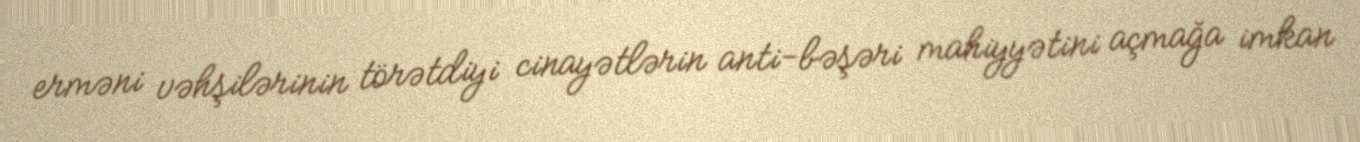
erməni vəhşilərinin törətdiyi cinayətlərin anti-bəşəri mahiyyətini açmağa imkan